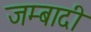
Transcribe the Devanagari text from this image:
जम्बादी